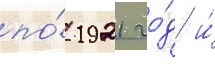
по́ 1921 го́д и́